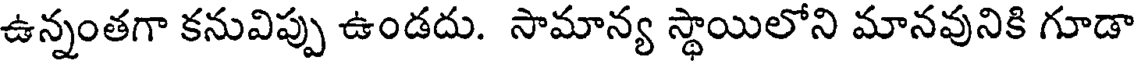
ఉన్నంతగా కనువిప్పు ఉండదు. సామాన్య స్థాయిలోని మానవునికి గూడా